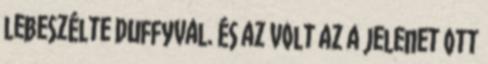
lebeszélte Duffyval. És az volt az a jelenet ott